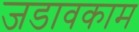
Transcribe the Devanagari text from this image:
जडावकाम